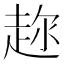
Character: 𬦍